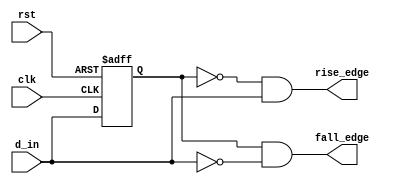
// part 3 
//a rising edge and a falling edge detector

module edge_dect(fall_edge,
       		rise_edge,
	       	clk,
	       	rst,
	       	d_in);
	
	input clk;
	input rst;
	input d_in;

	output fall_edge;
	output rise_edge;

	reg q;

	always@(posedge clk, posedge rst)
		if (rst)
			q <= 1'b0;
		else
			q <= d_in;

	//positive edge detector
	assign rise_edge = ~q & d_in;

	//negative edge detector
	assign fall_edge = q & ~d_in;

endmodule